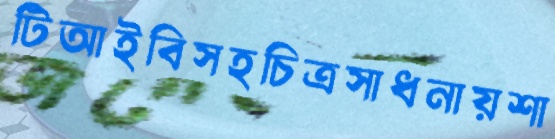
টিআইবিসহচিত্রসাধনায়শা